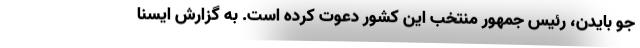
جو بایدن، رئیس جمهور منتخب این کشور دعوت کرده است. به گزارش ایسنا